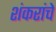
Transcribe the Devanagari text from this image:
शंकरांचे